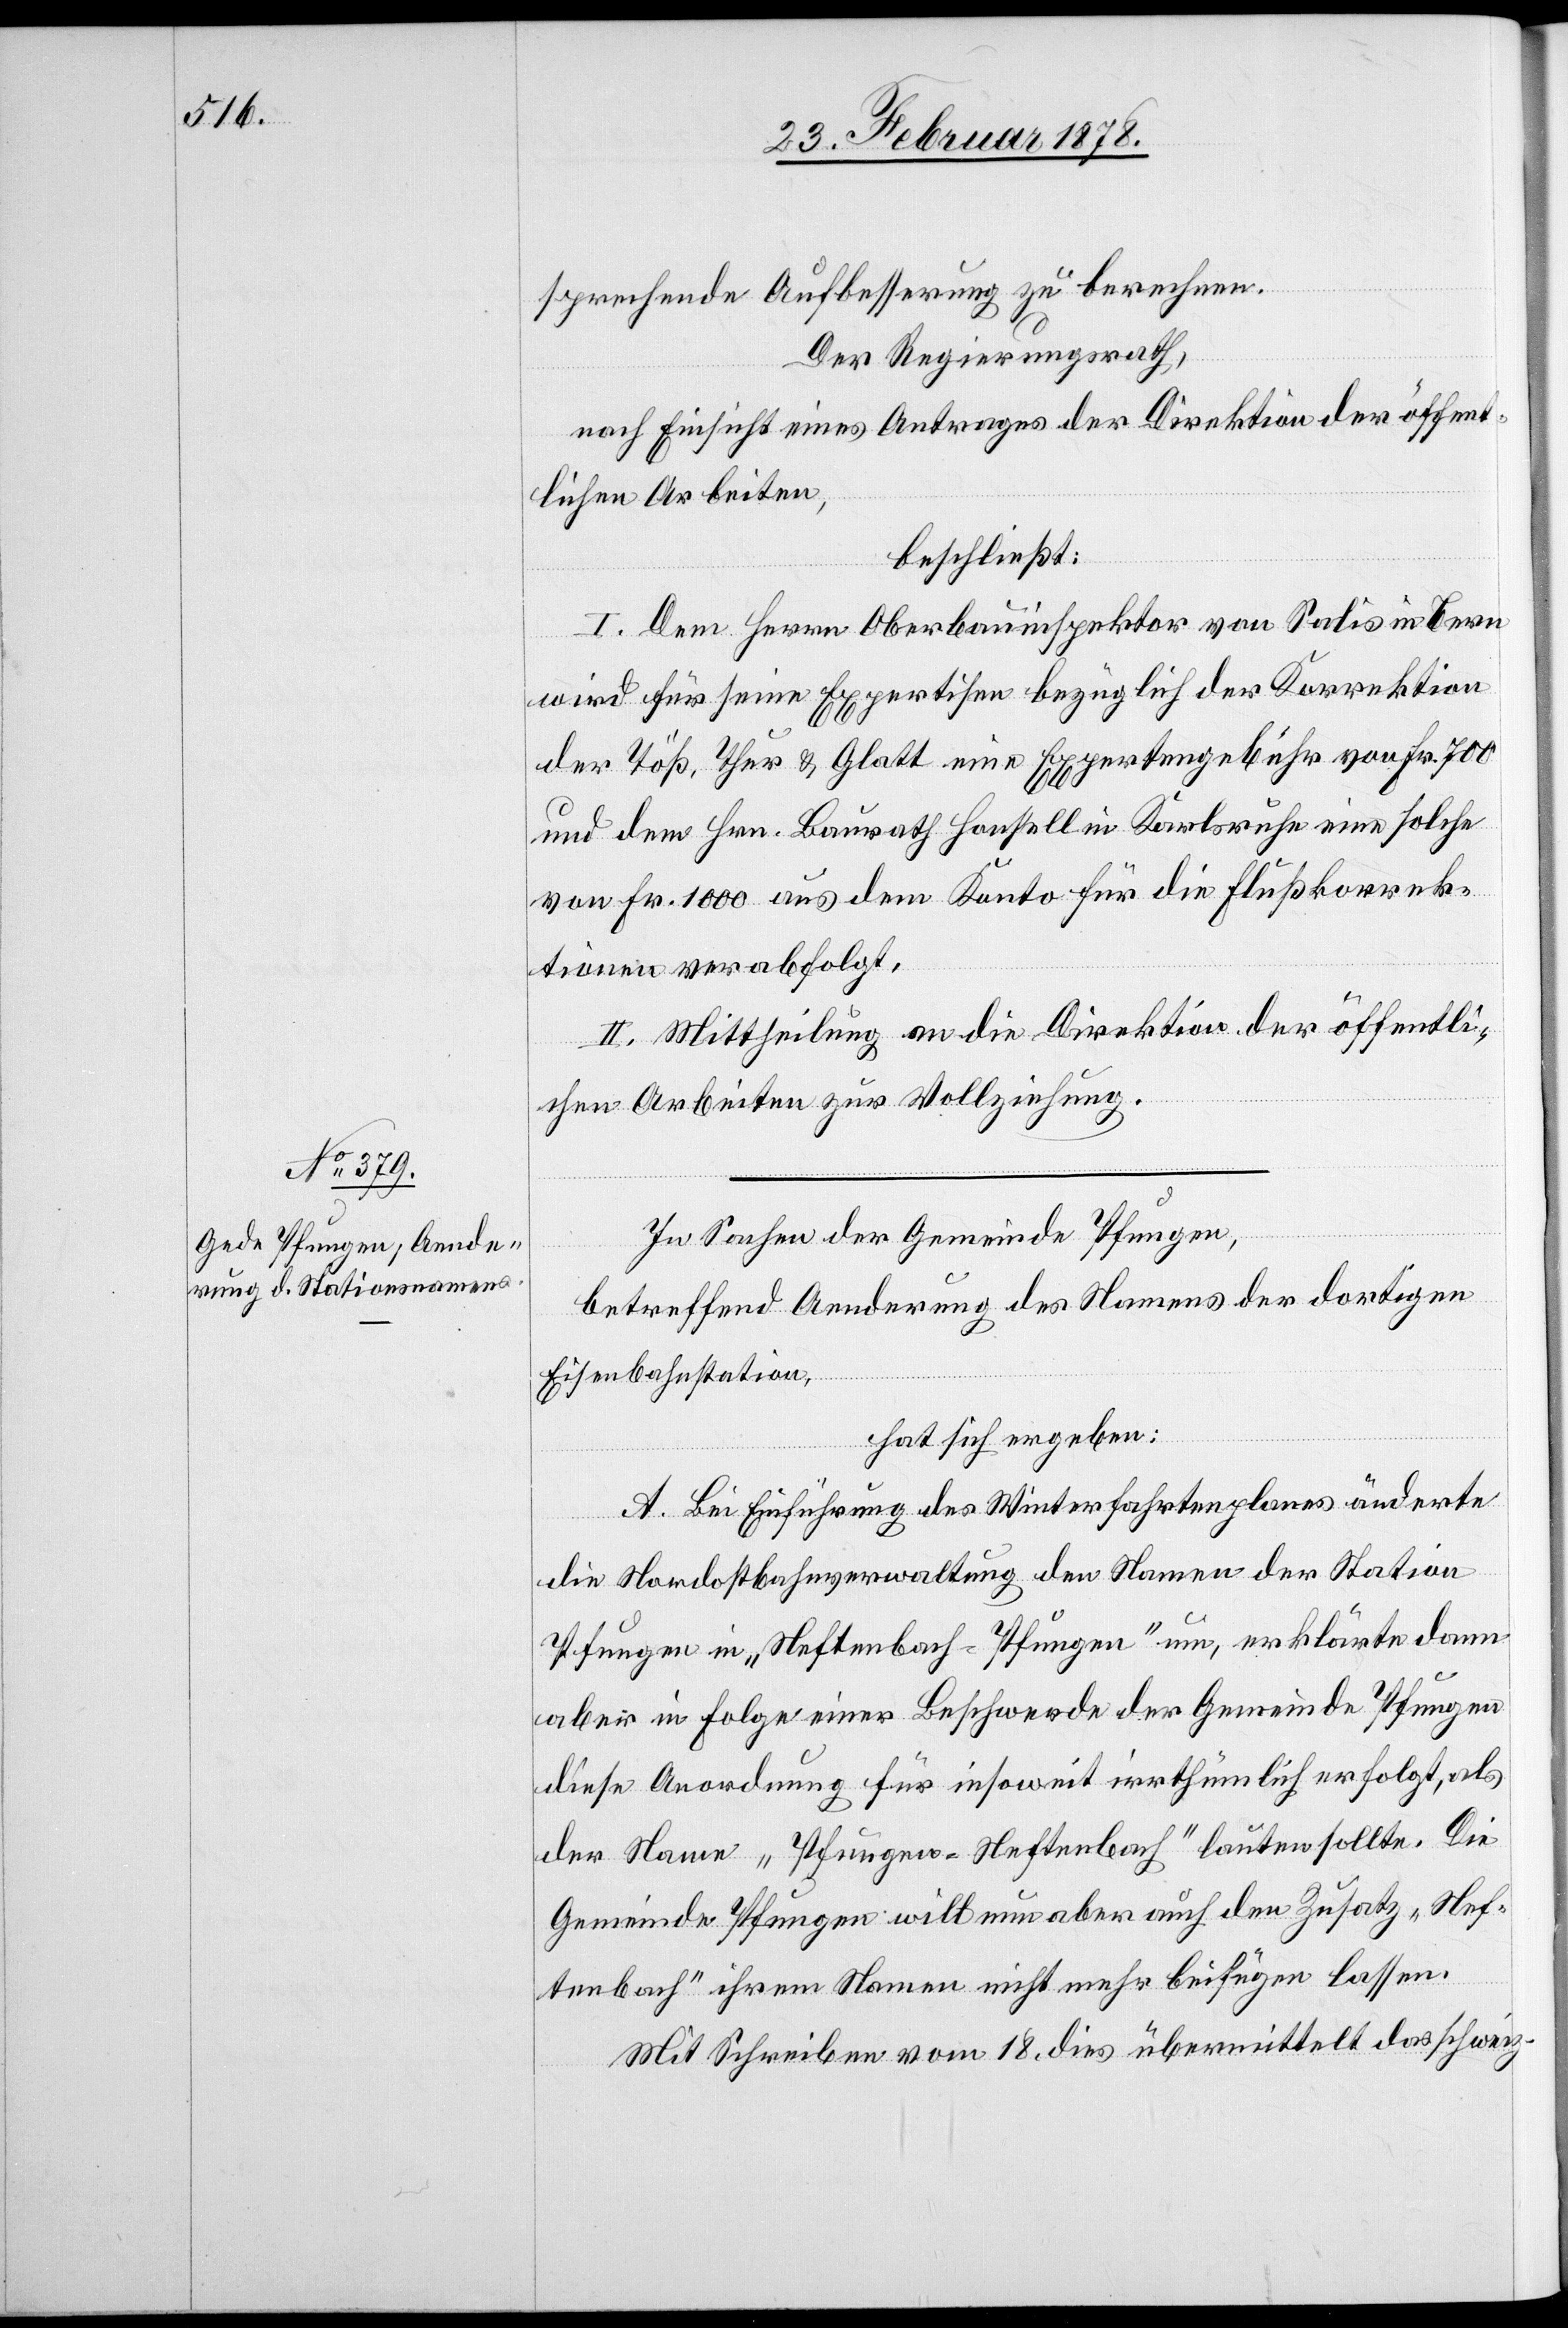
sprechende Aufbesserung zu berechnen.
Der Regierungsrath,
nach Einsicht eines Antrages der Direktion der öffent¬
lichen Arbeiten,
beschließt:
I. Dem Herrn Oberbauinspektor von Salis in Bern
wird für seine Expertise bezüglich der Korrektion
der Töß, Thur & Glatt eine Expertengebühr von Fr. 700
und dem Hrn. Baurath Honsell in Karlsruhe eine solche
von Fr. 1000 aus dem Konto für die Flußkorrek¬
tionen verabfolgt.
II. Mittheilung an die Direktion der öffentli¬
chen Arbeiten zur Vollziehung.
In Sachen der Gemeinde Pfungen,
betreffend Aenderung des Namens der dortigen
Eisenbahnstation,
hat sich ergeben:
A. Bei Einführung des Winterfahrtenplanes änderte
die Nordostbahnverwaltung den Namen der Station
Pfungen in „Neftenbach-Pfungen" um, erklärte dann
aber in Folge einer Beschwerde der Gemeinde Pfungen
diese Anordnung für insoweit irrthümlich erfolgt, als
der Name „Pfungen-Neftenbach" lauten sollte. Die
Gemeinde Pfungen will nun aber auch den Zusatz „Nef¬
tenbach“ ihrem Namen nicht mehr beifügen lassen.
Mit Schreiben vom 18. dies übermittelt das schweiz.